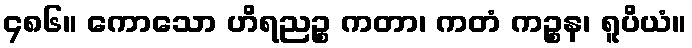
၄၈၆။ ကောသော ဟိရညဉ္စ ကတာ၊ ကတံ ကဉ္စန၊ ရူပိယံ။